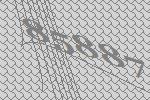
85887